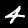
Digit: 4